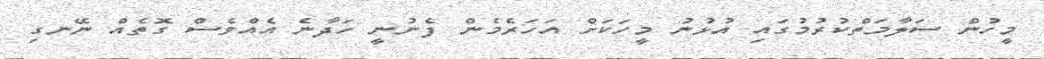
މީހުން ސަލާމަތްކުރުމުގައި އުޅުނު މީހަކަށް އަހަރެމެން ފެނުނީ ހަދާނެ އެއްވެސް ގޮތެއް ނޭނގި